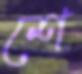
শে